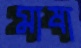
মাষা